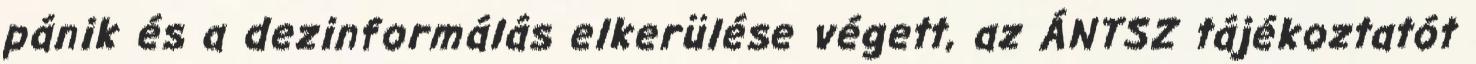
pánik és a dezinformálás elkerülése végett, az ÁNTSZ tájékoztatót